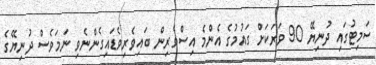
ސަމިޓުގައި ދުނިޔޭ 90 ވަރަކަށް ގައުމުގެ އެންމެ އިސްވެރިން ބައިވެރިވެޑައިގެންނެވި ނަމަވެސް ދުނިޔޭގެ